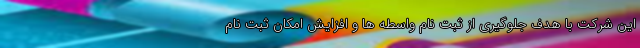
این شرکت با هدف جلوگیری از ثبت نام واسطه ها و افزایش امکان ثبت نام